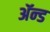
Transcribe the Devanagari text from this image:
ॲन्‍ड